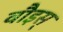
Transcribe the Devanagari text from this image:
वौइस्